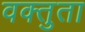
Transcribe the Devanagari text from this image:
वक्तुता